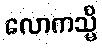
လောကသ္မိ